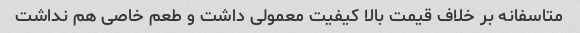
متاسفانه بر خلاف قیمت بالا کیفیت معمولی داشت و طعم خاصی هم نداشت